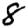
Digit: 8